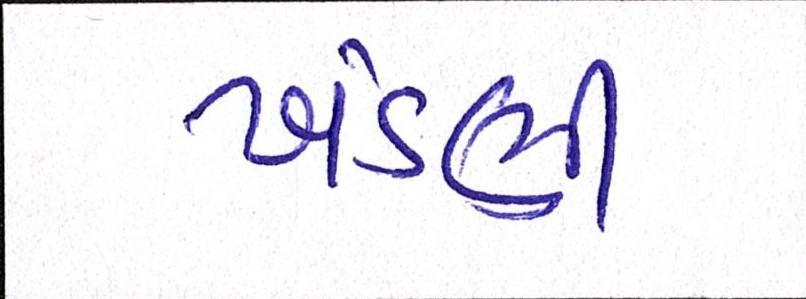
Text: ખંડણી